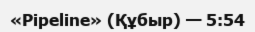
«Pipeline» (Құбыр) — 5:54